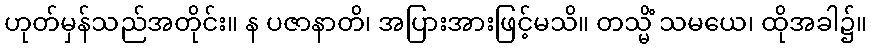
ဟုတ်မှန်သည်အတိုင်း။ န ပဇာနာတိ၊ အပြားအားဖြင့်မသိ။ တသ္မိံ သမယေ၊ ထိုအခါ၌။